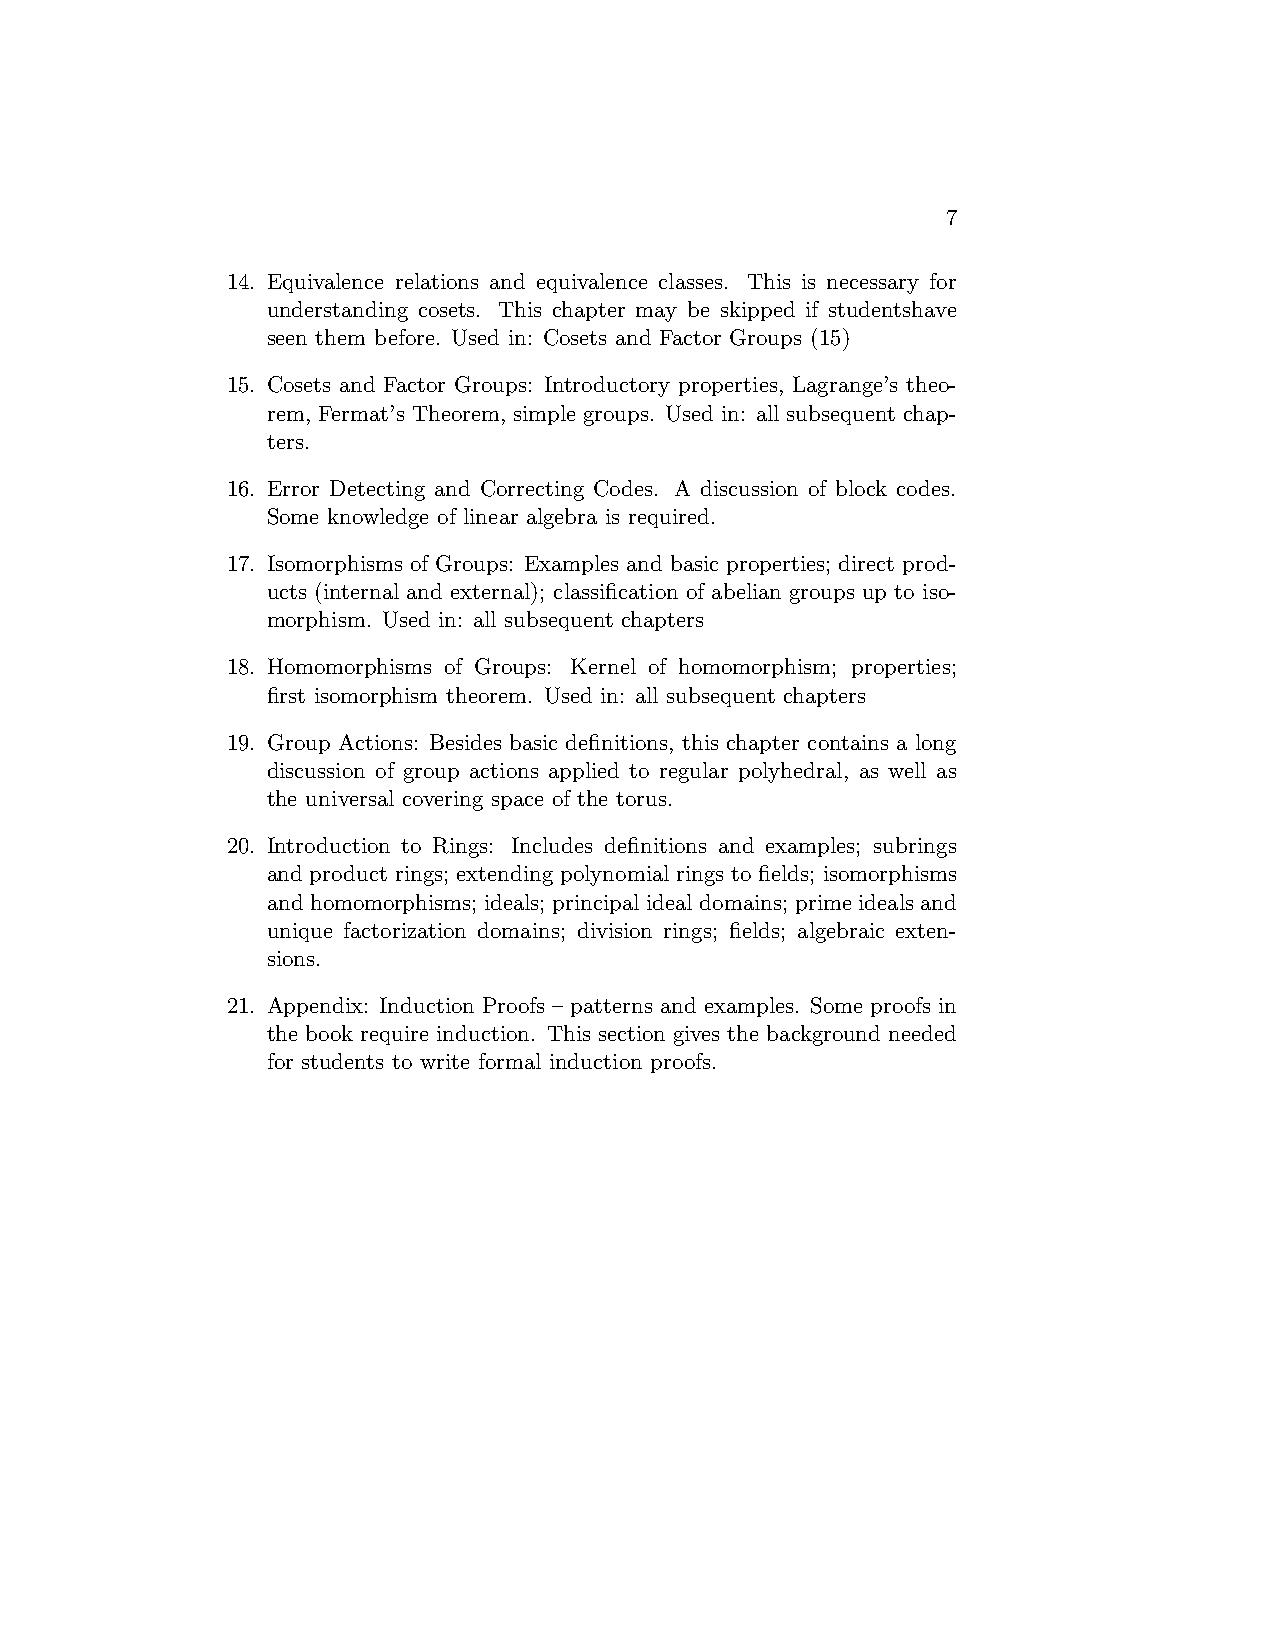
7
 14. Equivalence relations and equivalence classes. This is necessary for
 understanding cosets. This chapter may be skipped if studentshave
 seen them before. Used in: Cosets and Factor Groups (15)
 15. Cosets and Factor Groups: Introductory properties, Lagrange’s theo-
 rem, Fermat’s Theorem, simple groups. Used in: all subsequent chap-
 ters.
 16. Error Detecting and Correcting Codes. A discussion of block codes.
 Some knowledge of linear algebra is required.
 17. Isomorphisms of Groups: Examples and basic properties; direct prod-
 ucts (internal and external); classification of abelian groups up to iso-
 morphism. Used in: all subsequent chapters
 18. Homomorphisms of Groups: Kernel of homomorphism; properties;
 first isomorphism theorem. Used in: all subsequent chapters
 19. Group Actions: Besides basic definitions, this chapter contains a long
 discussion of group actions applied to regular polyhedral, as well as
 the universal covering space of the torus.
 20. Introduction to Rings: Includes definitions and examples; subrings
 and product rings; extending polynomial rings to fields; isomorphisms
 and homomorphisms; ideals; principal ideal domains; prime ideals and
 unique factorization domains; division rings; fields; algebraic exten-
 sions.
 21. Appendix: Induction Proofs – patterns and examples. Some proofs in
 the book require induction. This section gives the background needed
 for students to write formal induction proofs.